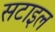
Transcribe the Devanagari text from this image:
सटाइल